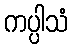
ကပ္ပါသံ